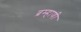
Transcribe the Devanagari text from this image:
ब्रम्हाणी